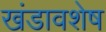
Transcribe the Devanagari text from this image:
खंडावशेष